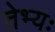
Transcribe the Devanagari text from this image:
तेभ्यः